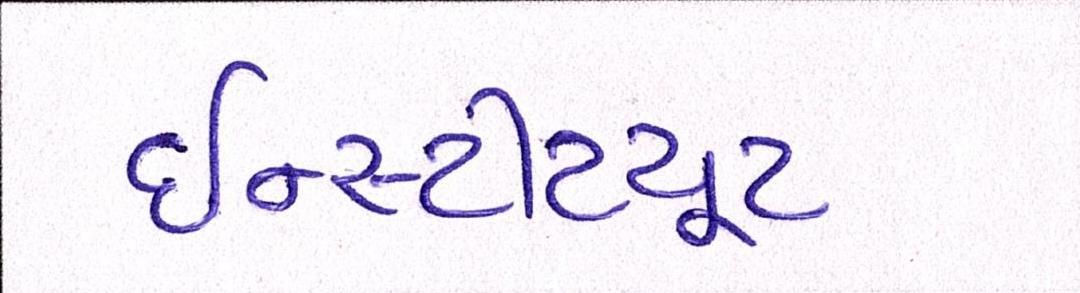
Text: ઇન્સ્ટીટયૂટ